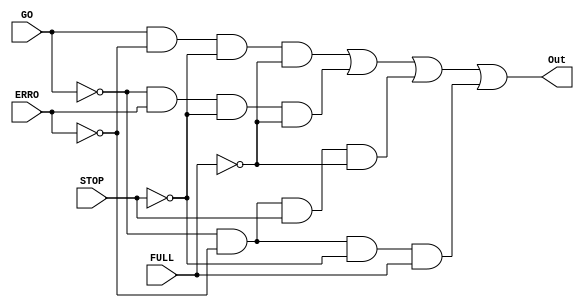
/*
Indica quando o display dever ser acionado
*/
module On_Display(Out, GO, ERRO, STOP, FULL);
	input GO, ERRO, STOP, FULL;//Os possveis estados
	output Out;//Se o displat dever ser ligado, (S ligo se algum estado for acionado)

	assign Out = (GO & ~ERRO & ~STOP & ~FULL) | (~GO & ERRO & ~STOP & ~FULL) | (~GO & ~ERRO & STOP & ~FULL) | (~GO & ~ERRO & ~STOP & FULL);
	//xor XOR1(Out, ERRO, STOP, GO, FULL);
	
endmodule